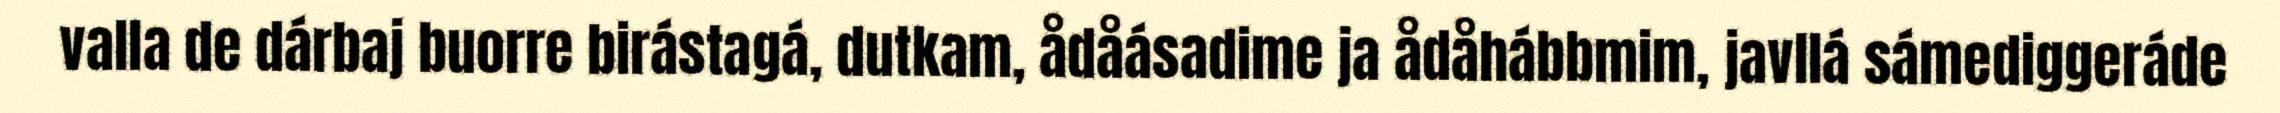
valla de dárbaj buorre birástagá, dutkam, ådåásadime ja ådåhábbmim, javllá sámediggeráde